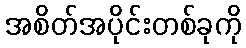
အစိတ်အပိုင်းတစ်ခုကို